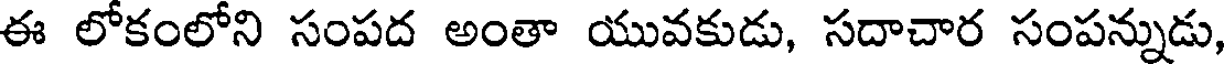
ఈ లోకంలోని సంపద అంతా యువకుడు, సదాచార సంపన్నుడు,